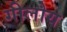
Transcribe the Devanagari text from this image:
गीलोय